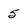
Character: 5